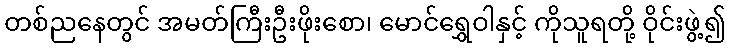
တစ်ညနေတွင် အမတ်ကြီးဦးဖိုးစော၊ မောင်ရွှေဝါနှင့် ကိုသူရတို့ ဝိုင်းဖွဲ့၍